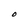
Character: O